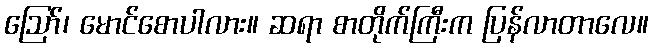
ဪ၊ မောင်စောပါလား။ ဆရာ စာတိုက်ကြီးက ပြန်လာတာလေ။